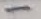
Text: -